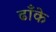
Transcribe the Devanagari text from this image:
ढाँके